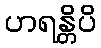
ဟရန္တိပိ